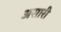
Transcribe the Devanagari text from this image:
असारी